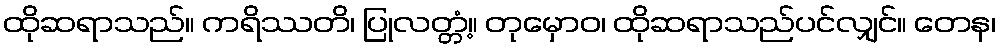
ထိုဆရာသည်။ ကရိဿတိ၊ ပြုလတ္တံ့။ တုမှောဝ၊ ထိုဆရာသည်ပင်လျှင်။ တေန၊